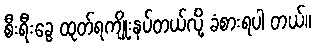
စီးရီးခွေ ထုတ်ရကျိုးနပ်တယ်လို့ ခံစားရပါ တယ်။